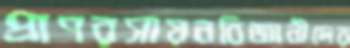
প্রাণরসায়নবিজ্ঞানীদের